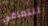
للتعافي